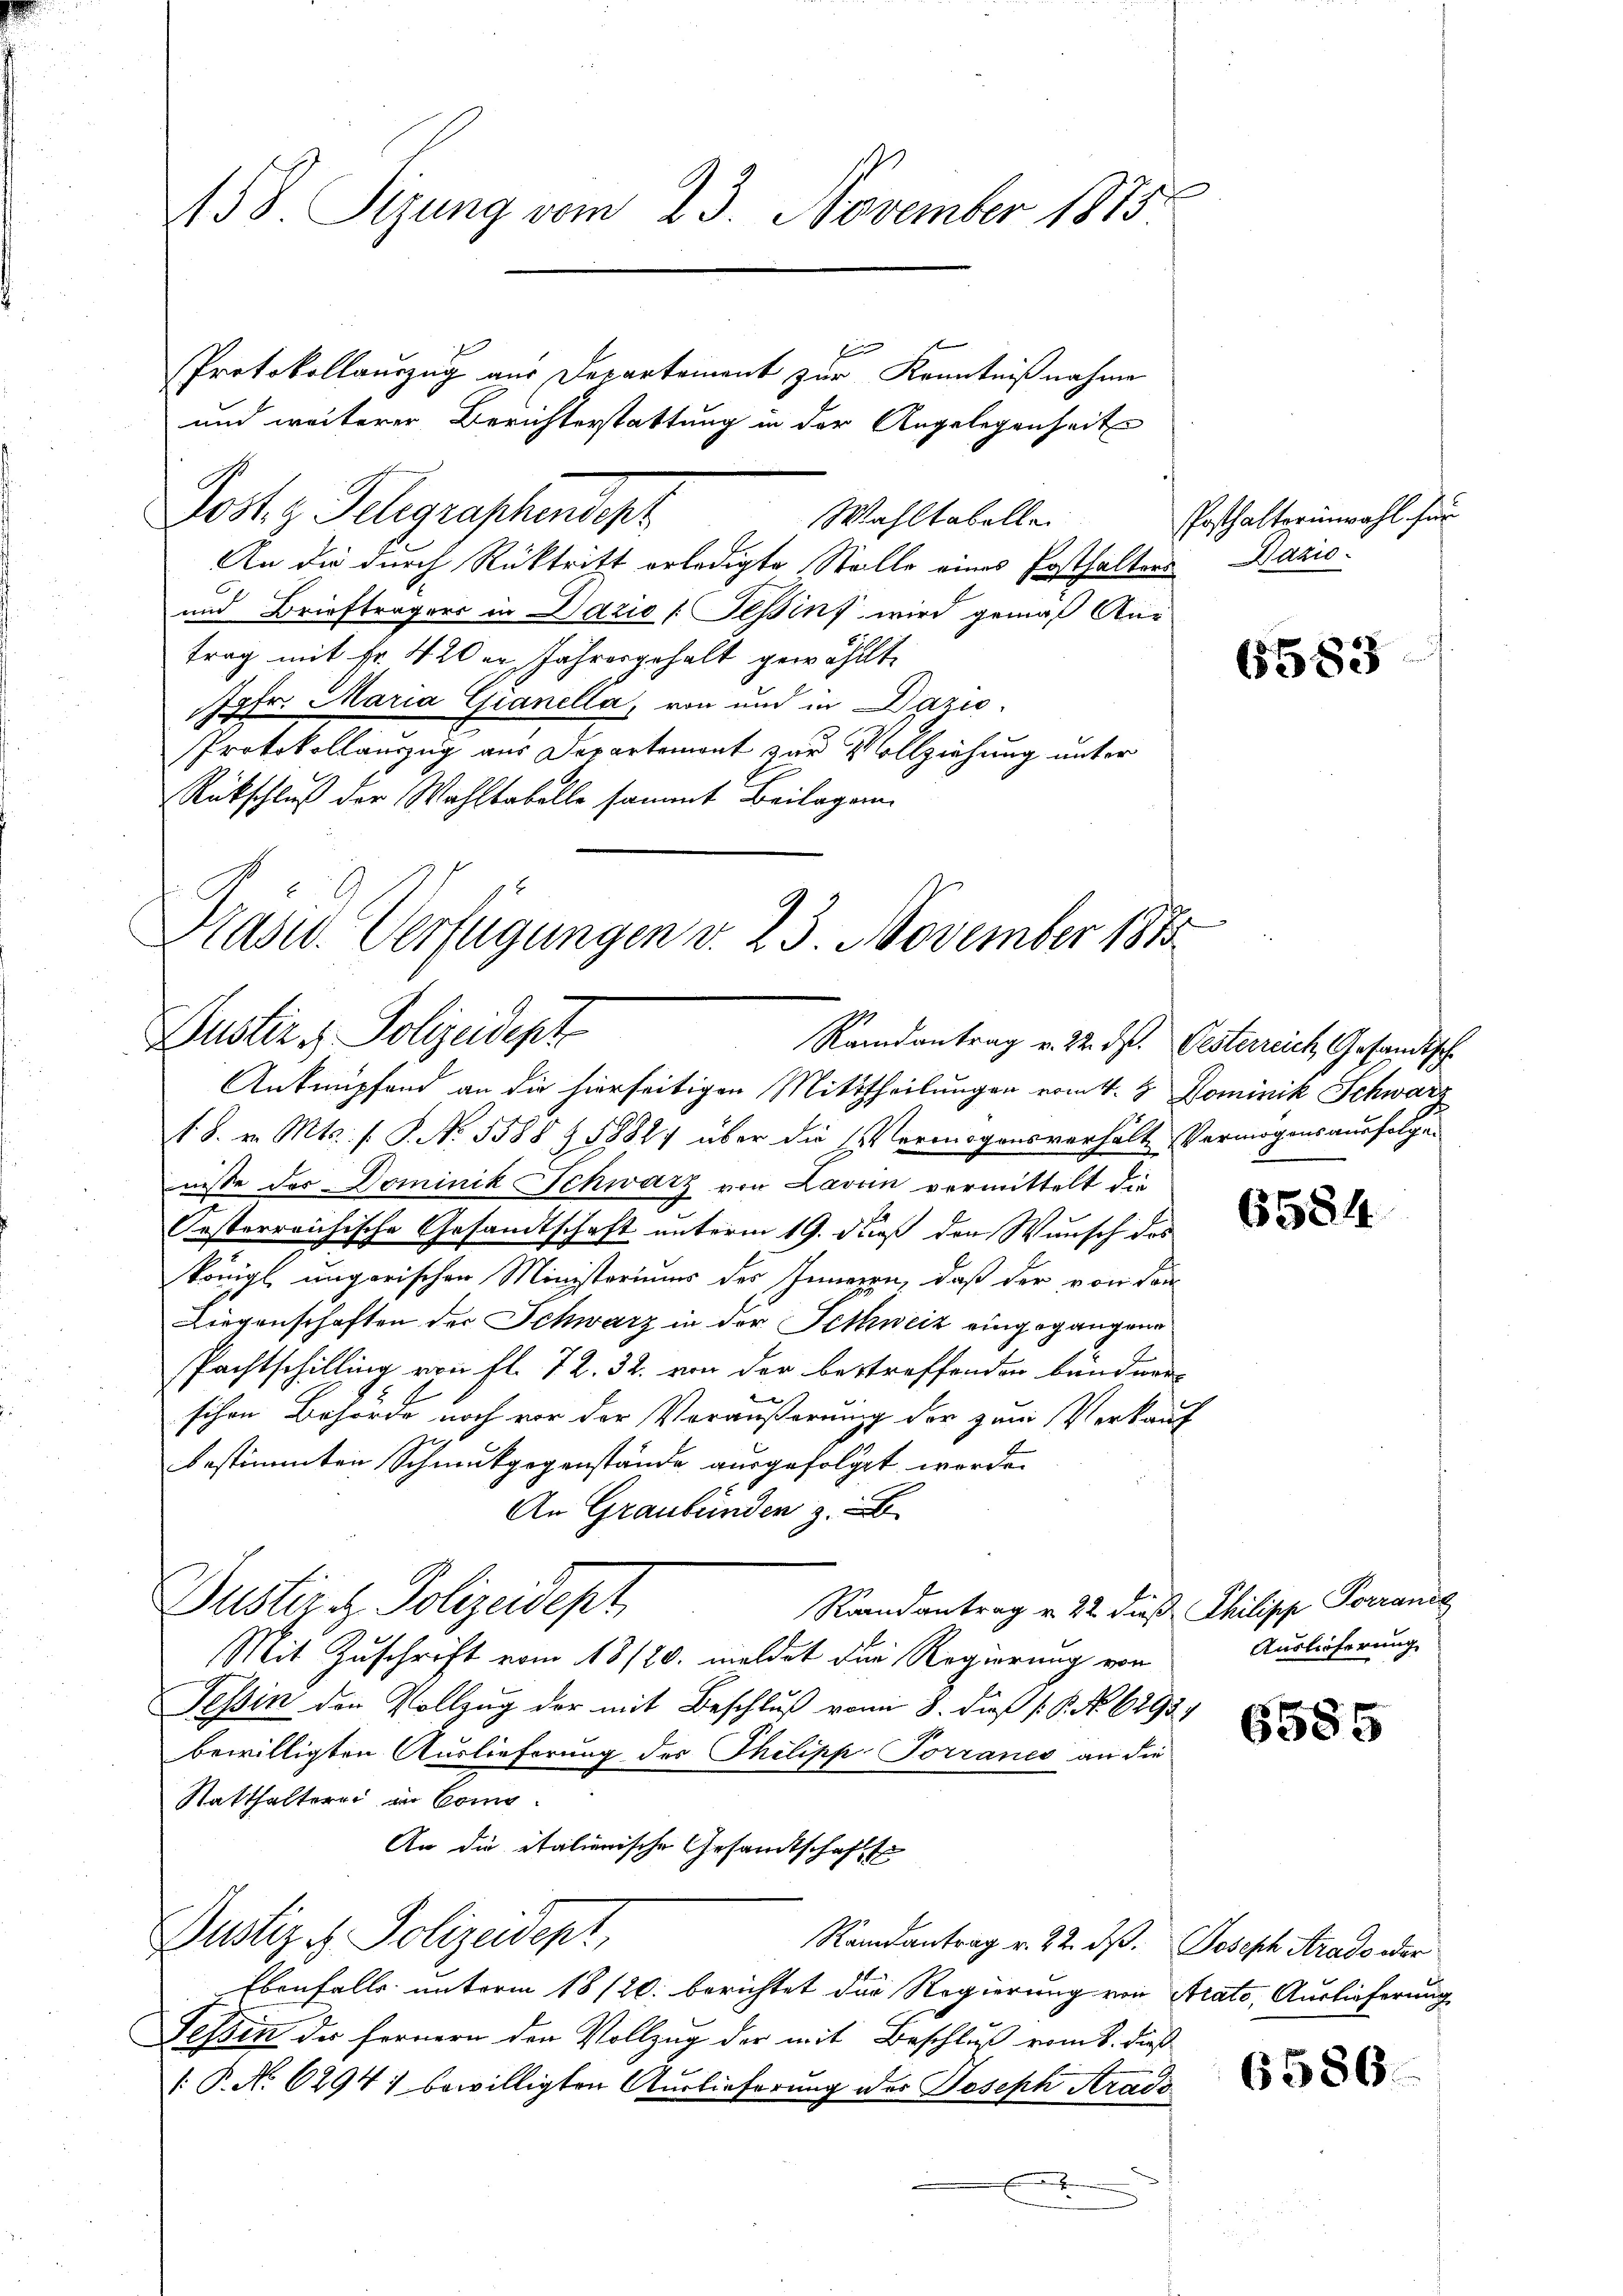
158. Sizung vom 23. November 1873

Protokollauszug aus Departement zur Kenntnißnahme
Post. g. Telegraphensept
Wahltabellei
An die durch Rücktritt erledigte Stelle eines Posthaltens Nazio¬
und Briefträgers in Dazić (Tessin, wird gemäß An-
trag mit Fr. 420 in Jahresgehalt gewählt.
Jgfr. Maria Gianella, von und in Dazio
Protokollauszug aus Departement zur Vollziehung unter
Rückschluß der Wahltabelle sammt Beilagen.

Präsid.. Verfügungen v. 23. November 1875
Justiz & Polizeidept
Ramantrag v. 22. d. Gesterreich Gesandtische
Anknüpfend an die hierseitigen Mittheilungen vom 4. 8. Dominik Schwarz

1 S. v. Mts. f. P. No. 5588 & 1882 über die Vermögensverhalte Vermögensausfolgen
nisse des Dominik Schwarz von Lavun vermittelt die
Jesterreichische Gesandtschaft unterm 19. dieß den Wunsch des
königl. ungarischen Ministeriums des Inneren, daß der von den
Liegenschaften der Schwarz in der Schweiz eingegangene
Pachtschilling von fl. 72. 32. von der bestreffenden bundner-
schen Behörde noch vor der Veräußerung der zum Verkauf
bestimmten Schrukgegenstände ausgefolget werde.
An Graubünden z.
Justiz & Polizeidept
Raandantrag v. 22 dieß Philipp Porranis
Mit Zuschrift vom 18/20. meldet die Regierung von
Tessin der Vollzug der mit Beschluß vom 8. dieß P. No. 6293
bewilligten Auslieferung der Philipp Torranes an die
Statthalterei an Com
An die italienische Gesandtschafts
Dustiz & Polizeidept,
Randantrag v. 22. dß. Joseph Arads oder
Ebenfalls unterm 18/20. berichtet die Regierung von Arato, Auslieferung
Tessin der Fernern den Vollzug der mit Beschluß vom 8. dieß
: P. No 62941 bewilligten Auslieferung der Joseph Stradi
E

und weiterer Berichterstattung in der Angelegenheite

Posthalterinwahl für

6583

6584

Auslieferung

6585

6586.